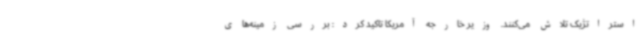
استراتژیک تلاش می‌کنند. وزیر خارجه آمریکا تاکید کرد: بررسی زمینه‌های